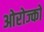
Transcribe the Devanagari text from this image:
ओरोज्को